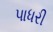
પાધરી